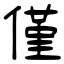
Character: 僅